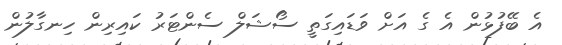
އެ ބޭފުޅުން އެ ގެ އަށް ވަޑައިގަތީ ސޯޝަލް ސެންޓަރު ކައިރިން ހިނގާލުން